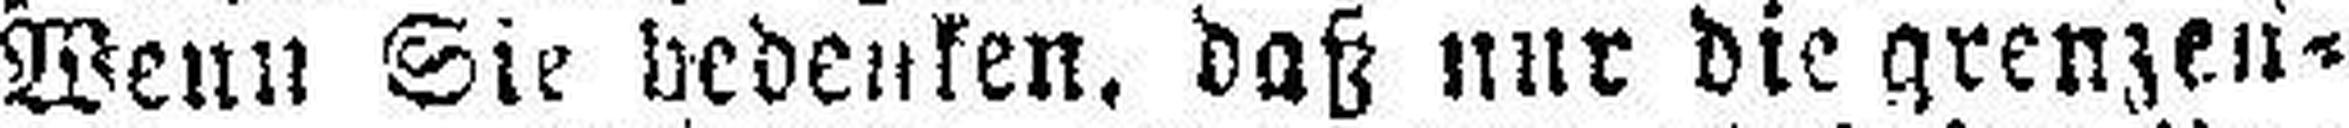
Wenn Sie bedenken, daß nur die grenzen¬